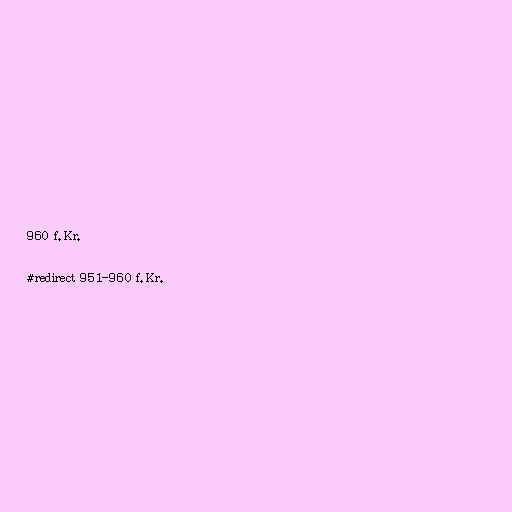
960 f.Kr.

#redirect 951-960 f.Kr.